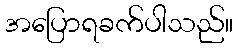
အပြောရခက်ပါသည်။